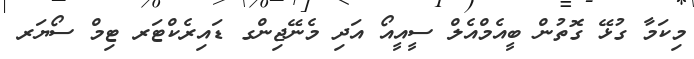
މިކަމާ ގުޅޭ ގޮތުން ބީއެމްއެލް ސީއީއޯ އަދި މެނޭޖިންގ ޑައިރެކްޓަރ ޓިމް ސޯޔަރ